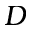
D